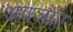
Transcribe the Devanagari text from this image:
अवजोर